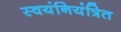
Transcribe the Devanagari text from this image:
स्वयंनियंत्रित